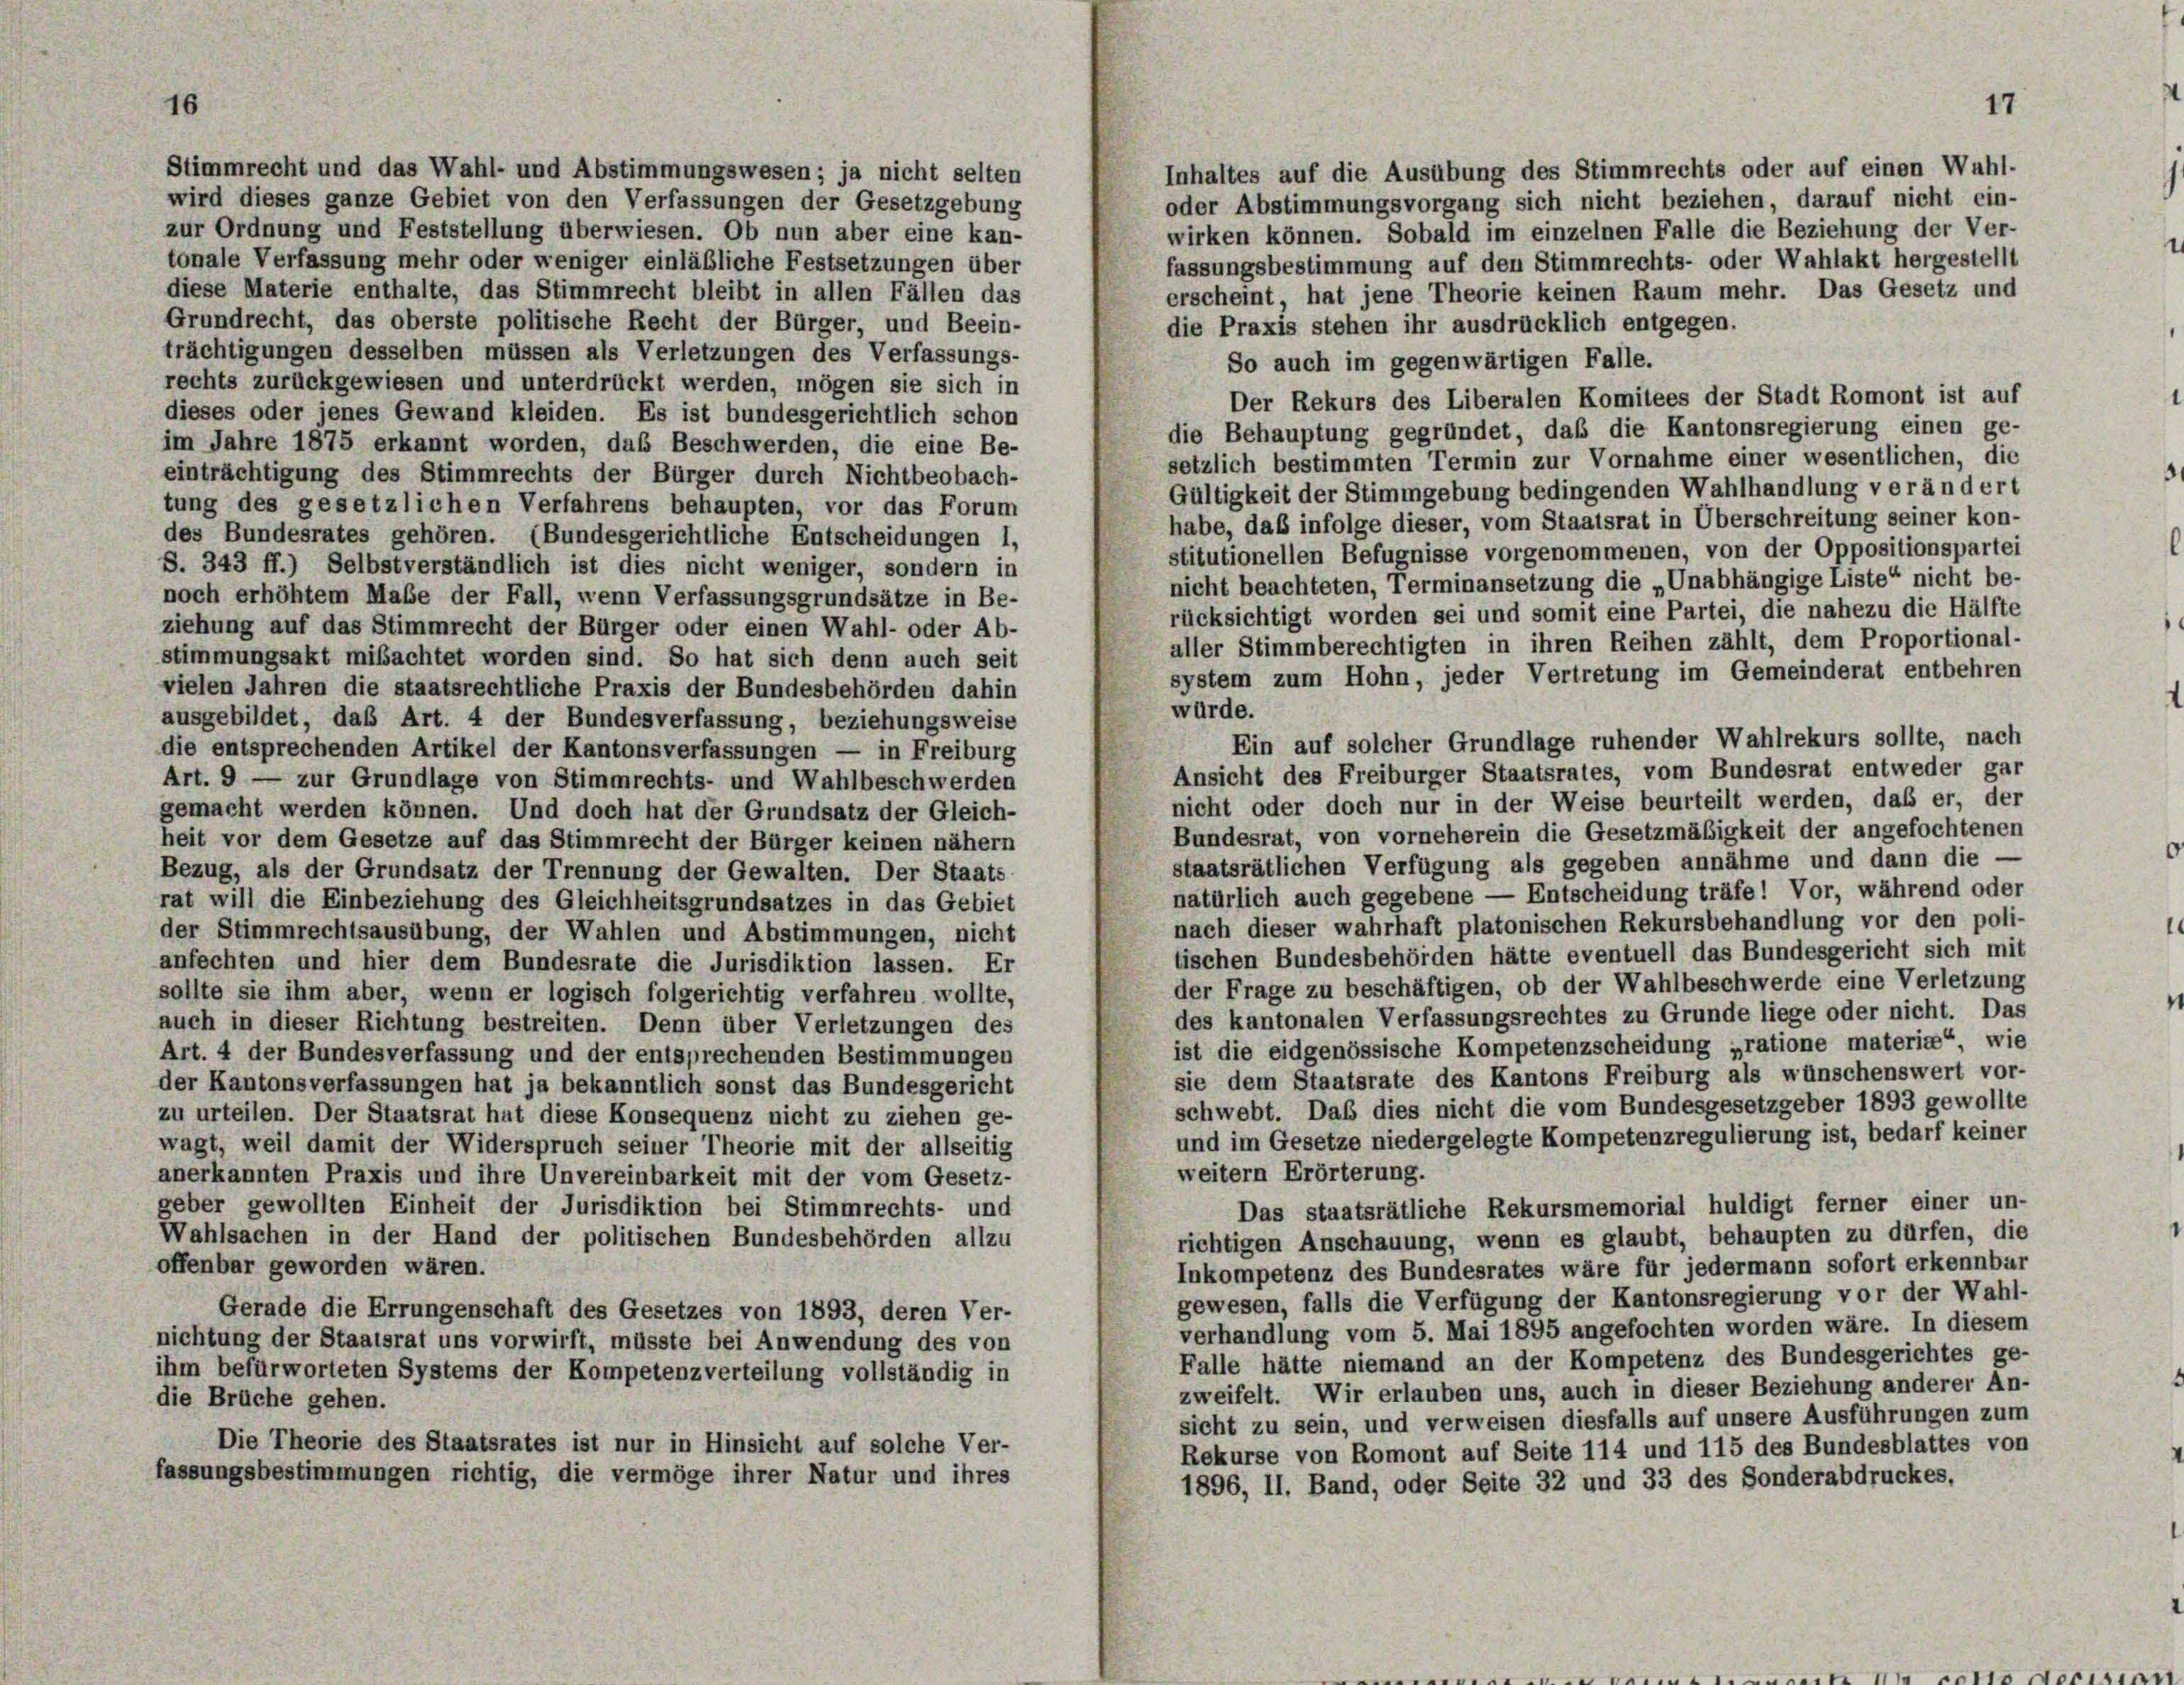
16
Stimmrecht und das Wahl- und Abstimmungswesen; ja nicht selten
Inhaltes auf die Ausübung des Stimmrechts oder auf einen Wahl-
wird dieses ganze Gebiet von den Verfassungen der Gesetzgebung
oder Abstimmungsvorgang sich nicht beziehen, darauf nicht ein-
zur Ordnung und Feststellung überwiesen. Ob nun aber eine kan-
wirken können. Sobald im einzelnen Falle die Beziehung der Ver-
tonale Verfassung mehr oder weniger einläßliche Festsetzungen über
fassungsbestimmung auf den Stimmrechts- oder Wahlakt hergestellt
diese Materie enthalte, das Stimmrecht bleibt in allen Fällen das
erscheint, hat jene Theorie keinen Raum mehr. Das Gesetz und
Grundrecht, das oberste politische Recht der Bürger, und Beein-
die Praxis stehen ihr ausdrücklich entgegen.
trächtigungen desselben müssen als Verletzungen des Verfassungs-
So auch im gegenwärtigen Falle.
rechts zurückgewiesen und unterdrückt werden, mögen sie sich in
Der Rekurs des Liberalen Komitees der Stadt Romont ist auf
dieses oder jenes Gewand kleiden. Es ist bundesgerichtlich schon
die Behauptung gegründet, daß die Kantonsregierung einen ge-
im Jahre 1875 erkannt worden, daß Beschwerden, die eine Be-
setzlich bestimmten Termin zur Vornahme einer wesentlichen, die
einträchtigung des Stimmrechts der Bürger durch Nichtbeobach-
Gültigkeit der Stimmgebung bedingenden Wahlhandlung verändert
tung des gesetzlichen Verfahrens behaupten, vor das Forum
habe, daß infolge dieser, vom Staatsrat in Überschreitung seiner kon-
des Bundesrates gehören. (Bundesgerichtliche Entscheidungen 1,
stitutionellen Befugnisse vorgenommenen, von der Oppositionspartei
S. 343 ff.) Selbstverständlich ist dies nicht weniger, sondern in
nicht beachteten, Terminansetzung die „Unabhängige Liste“ nicht be-
noch erhöhtem Maße der Fall, wenn Verfassungsgrundsätze in Be-
rücksichtigt worden sei und somit eine Partei, die nahezu die Hälfte
ziehung auf das Stimmrecht der Bürger oder einen Wahl- oder Ab-
aller Stimmberechtigten in ihren Reihen zählt, dem Proportional-
stimmungsakt mibachtet worden sind. So hat sich denn auch seit
system zum Hohn, jeder Vertretung im Gemeinderat entbehren
vielen Jahren die staatsrechtliche Praxis der Bundesbehörden dahin
würde.
ausgebildet, daß Art. 4 der Bundesverfassung, beziehungsweise
Ein auf solcher Grundlage ruhender Wahlrekurs sollte, nach
die entsprechenden Artikel der Kantonsverfassungen — in Freiburg
Ansicht des Freiburger Staatsrates, vom Bundesrat entweder gar
Art. 9 — zur Grundlage von Stimmrechts- und Wahlbeschwerden
nicht oder doch nur in der Weise beurteilt werden, daß er, der
gemacht werden können. Und doch hat der Grundsatz der Gleich-
Bundesrat, von vorneherein die Gesetzmäßigkeit der angefochtenen
heit vor dem Gesetze auf das Stimmrecht der Bürger keinen nähern
staatsrätlichen Verfügung als gegeben annähme und dann die
Bezug, als der Grundsatz der Trennung der Gewalten. Der Staats
natürlich auch gegebene — Entscheidung träfe! Vor, während oder
rat will die Einbeziehung des Gleichheitsgrundsatzes in das Gebiet
nach dieser wahrhaft platonischen Rekursbehandlung vor den poli-
der Stimmrechtsausübung, der Wahlen und Abstimmungen, nicht
tischen Bundesbehörden hätte eventuell das Bundesgericht sich mit
anfechten und hier dem Bundesrate die Jurisdiktion lassen. Er
der Frage zu beschäftigen, ob der Wahlbeschwerde eine Verletzung
sollte sie ihm aber, wenn er logisch folgerichtig verfahren wollte,
des kantonalen Verfassungsrechtes zu Grunde liege oder nicht. Das
auch in dieser Richtung bestreiten. Denn über Verletzungen des
ist die eidgenössische Kompetenzscheidung „ratione materia“, wie
Art. 4 der Bundesverfassung und der entsprechenden Bestimmungen
sie dem Staatsrate des Kantons Freiburg als wünschenswert vor-
der Kantonsverfassungen hat ja bekanntlich sonst das Bundesgericht
schwebt. Daß dies nicht die vom Bundesgesetzgeber 1893 gewollte
zu urteilen. Der Staatsrat hat diese Konsequenz nicht zu ziehen ge-
und im Gesetze niedergelegte Kompetenzregulierung ist, bedarf keiner
wagt, weil damit der Widerspruch seiner Theorie mit der allseitig
weitern Erörterung.
anerkannten Praxis und ihre Unvereinbarkeit mit der vom Gesetz-
geber gewollten Einheit der Jurisdiktion bei Stimmrechts- und
Das staatsrätliche Rekursmemorial huldigt ferner einer un-
Wahlsachen in der Hand der politischen Bundesbehörden allzu
richtigen Anschauung, wenn es glaubt, behaupten zu dürfen, die
offenbar geworden wären.
Inkompetenz des Bundesrates wäre für jedermann sofort erkennbar
gewesen, falls die Verfügung der Kantonsregierung vor der Wahl-
Gerade die Errungenschaft des Gesetzes von 1893, deren Ver-
verhandlung vom 5. Mai 1895 angefochten worden wäre. In diesem
nichtung der Staatsrat uns vorwirft, müsste bei Anwendung des von
Falle hätte niemand an der Kompetenz des Bundesgerichtes ge-
ihm befürworteten Systems der Kompetenzverteilung vollständig in
zweifelt. Wir erlauben uns, auch in dieser Beziehung anderer An-
die Brüche gehen.
sicht zu sein, und verweisen diesfalls auf unsere Ausführungen zum
Die Theorie des Staatsrates ist nur in Hinsicht auf solche Ver-
Rekurse von Romont auf Seite 114 und 115 des Bundesblattes von
fassungsbestimmungen richtig, die vermöge ihrer Natur und ihres
1896, II. Band, oder Seite 32 und 33 des Sonderabdruckes,

17